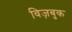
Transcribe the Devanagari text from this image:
विज़बुक